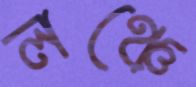
লঞ্চে